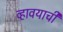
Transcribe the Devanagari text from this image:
व्हावयाची